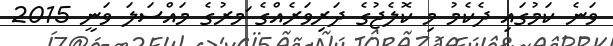
ވަނެ ކަމުގައި ދެކެމު މި ކޮލެޖުގެ ދަރިވަރެއްގެ ަމރުގެ މައްސަލަ ވަނީ 2015